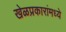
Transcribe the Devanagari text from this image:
खेळप्रकारांमध्ये